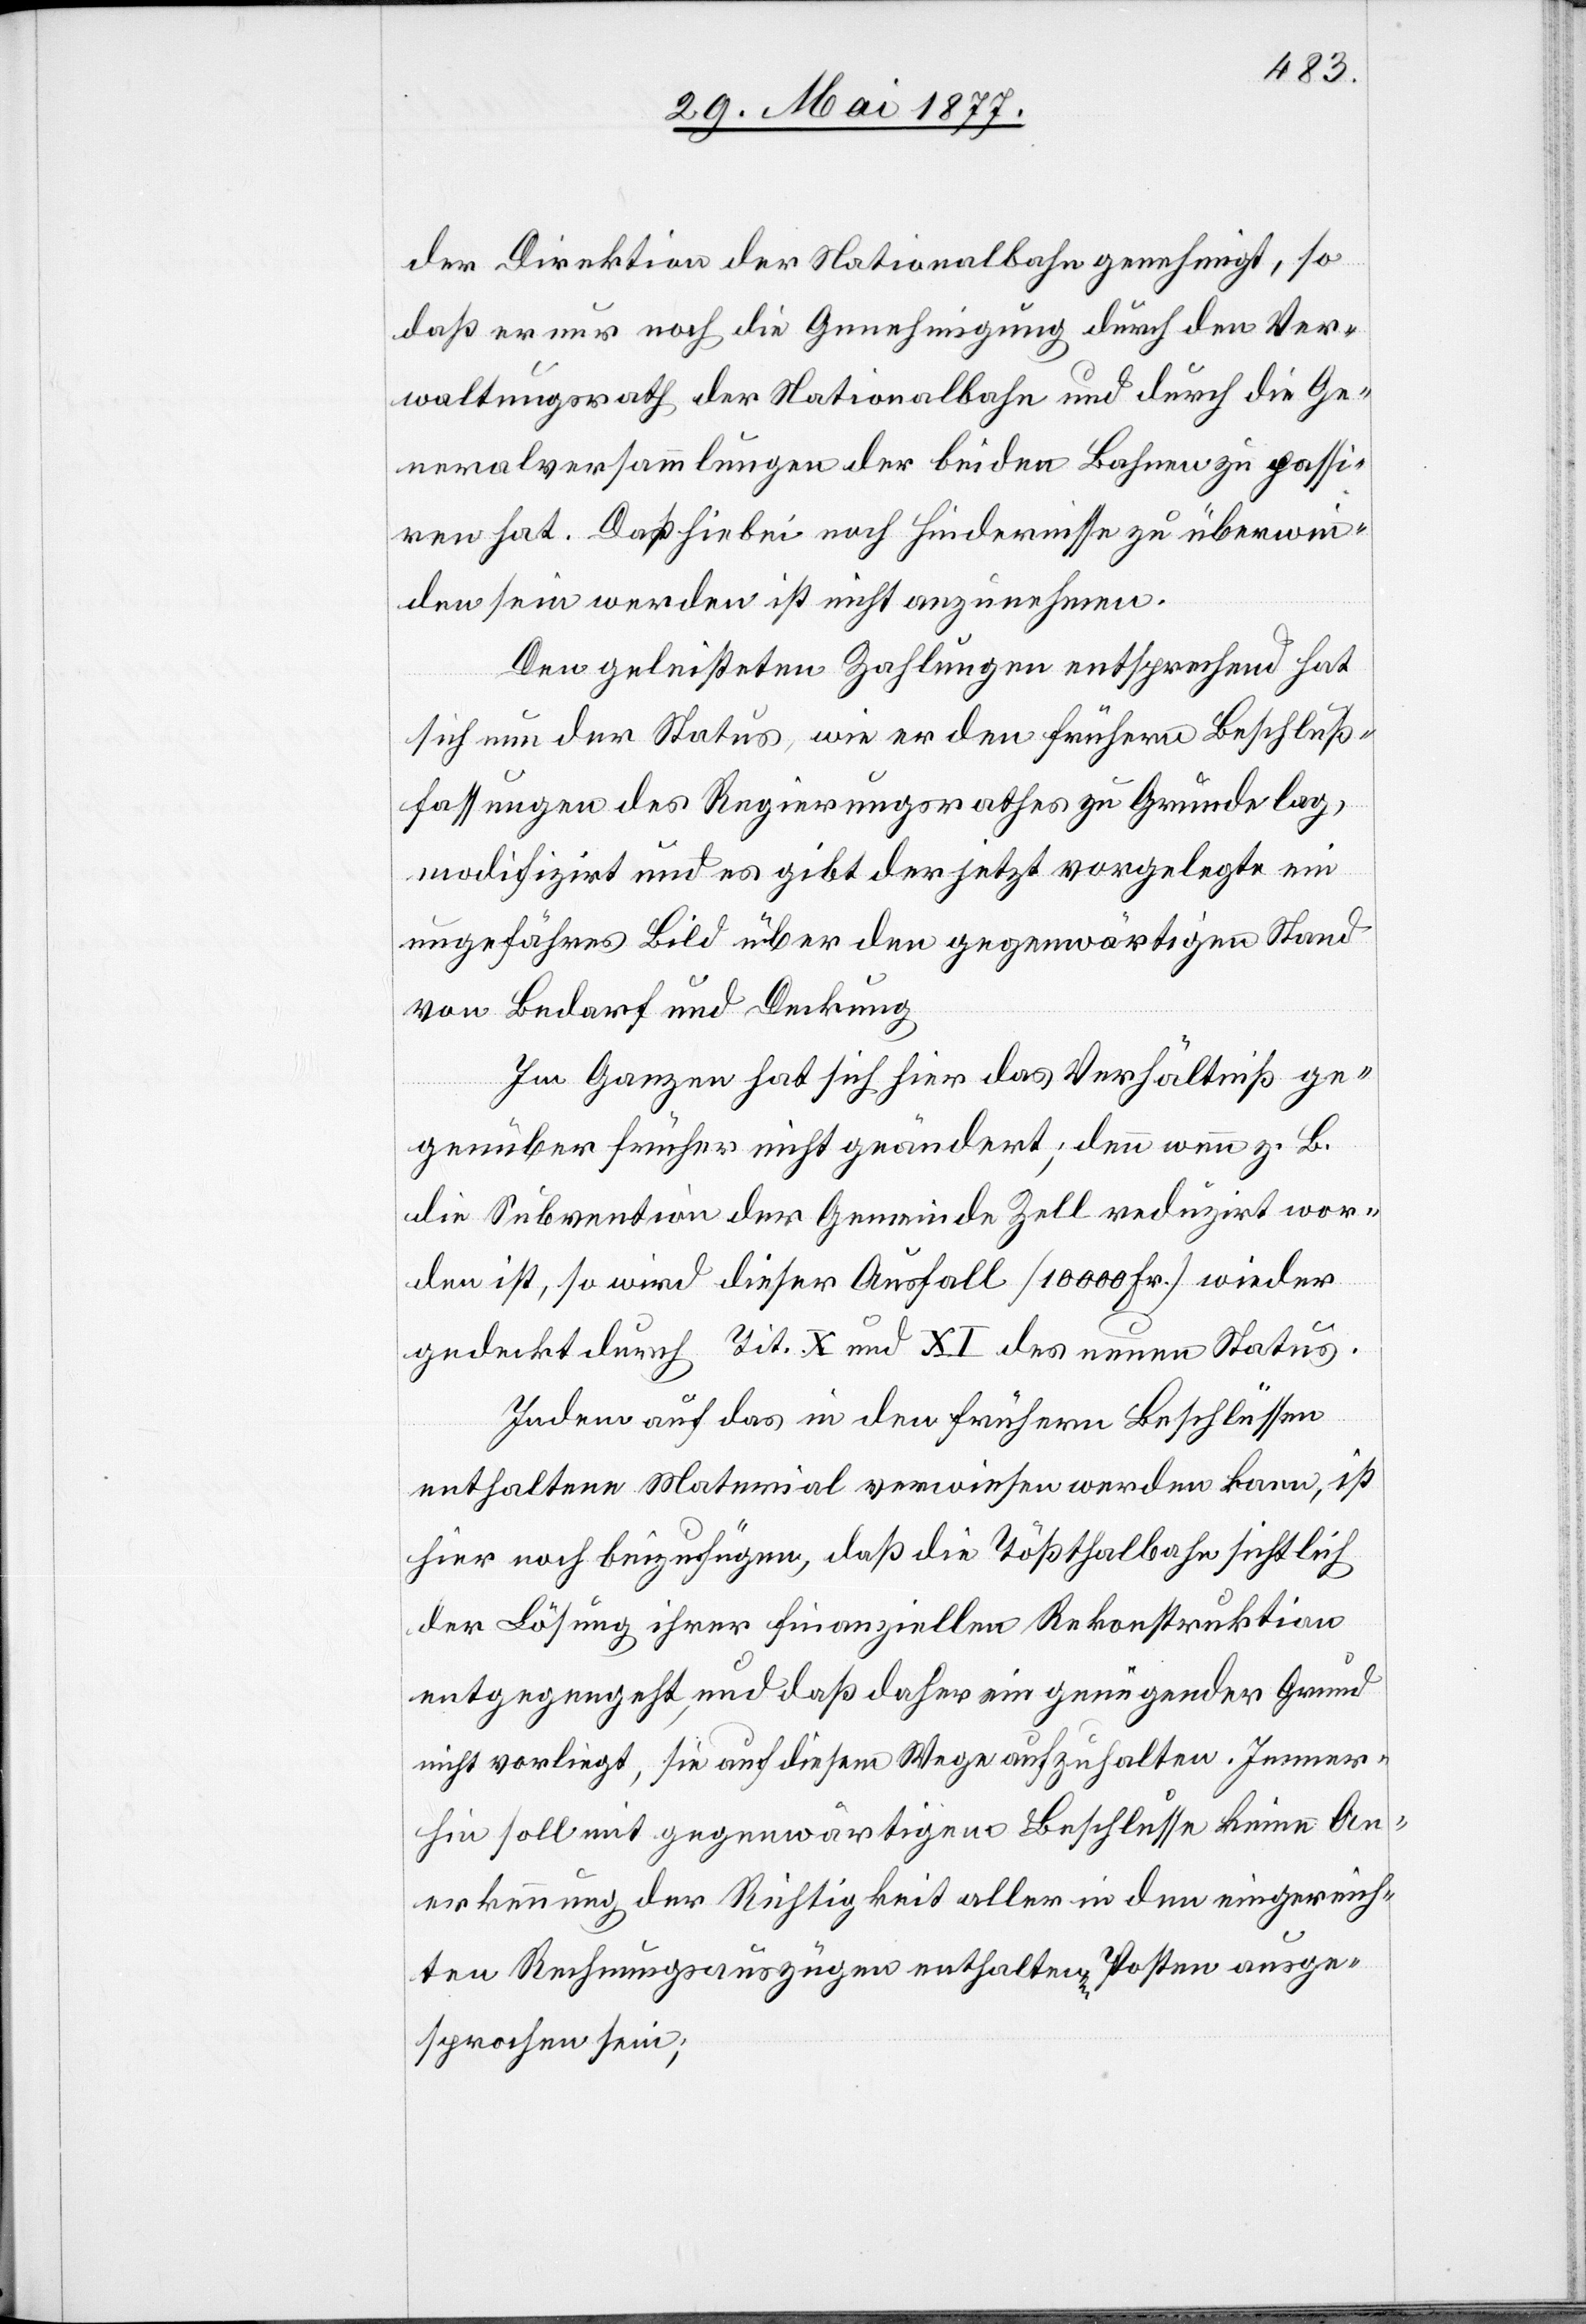
der Direktion der Nationalbahn genehmigt, so
daß er nur noch die Genehmigung durch den Ver¬
waltungsrath der Nationalbahn und durch die Ge¬
neralversammlungen der beiden Bahnen zu passi¬
ren hat. Daß hiebei noch Hindernisse zu überwin¬
den sein werden ist nicht anzunehmen.
Den geleisteten Zahlungen entsprechend hat
sich nun der Status, wie er den frühern Beschluß¬
fassungen des Regierungsrathes zu Grunde lag,
modifizirt und es gibt der jetzt vorgelegte ein
ungefähres Bild über den gegenwärtigen Stand
von Bedarf und Deckung.
Im Ganzen hat sich hier das Verhältniß ge¬
genüber früher nicht geändert; denn wenn z. B.
die Subvention der Gemeinde Zell reduzirt wor¬
den ist, so wird dieser Ausfall [10 000 Frk.] wieder
gedeckt durch Tit. X und XI des neuen Status.
Indem auf das in den frühern Beschlüssen
enthaltene Material verwiesen werden kann, ist
hier noch beizufügen, daß die Tößthalbahn sichtlich
der Lösung ihrer finanziellen Rekonstruktion
entgegengeht, und daß daher ein genügender Grund
nicht vorliegt, sie auf diesem Wege aufzuhalten. Immer¬
hin soll mit gegenwärtigem Beschlusse keine An¬
erkennung der Richtigkeit aller in den eingereich¬
ten Rechnungsauszügen enthaltenen Posten ausge¬
sprochen sein;